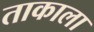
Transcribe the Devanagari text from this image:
ताकाला